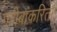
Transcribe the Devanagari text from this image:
गरीबांकरितां